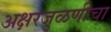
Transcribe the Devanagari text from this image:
अक्षरजुळणीचा